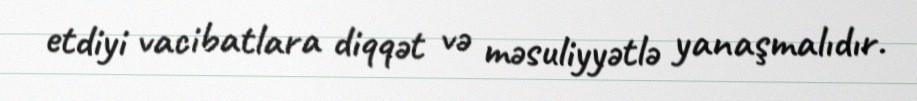
etdiyi vacibatlara diqqət və məsuliyyətlə yanaşmalıdır.